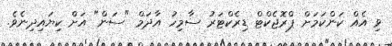
ވި އެއް ކަންކަމަށް ޕްރޮޖެކްޓް ޑިރެކްޓަރު ސާމިހު އާދަމް "ސަން" އަށް ކިޔައިދިނެވެ.